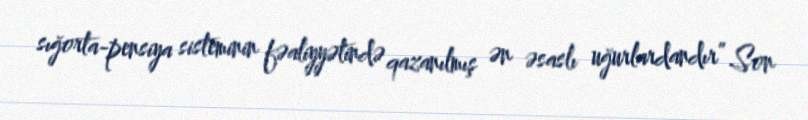
sığorta-pensiya sisteminin fəaliyyətində qazanılmış ən əsaslı uğurlardandır” Son